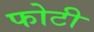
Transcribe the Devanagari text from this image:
फोटी